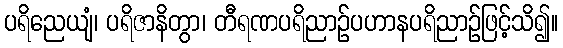
ပရိညေယျံ၊ ပရိဇာနိတွာ၊ တီရဏပရိညာဉ်ပဟာနပရိညာဉ်ဖြင့်သိ၍။